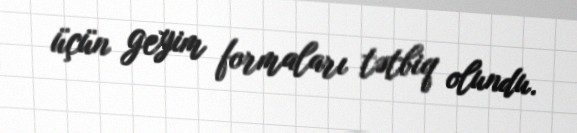
üçün geyim formaları tətbiq olundu.